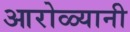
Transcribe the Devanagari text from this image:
आरोळ्यानी